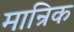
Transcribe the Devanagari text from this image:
मान्रिक